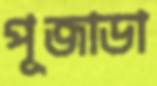
পূজাডা